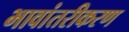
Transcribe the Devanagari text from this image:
भावांतरीकरण